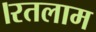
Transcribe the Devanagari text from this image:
।रतलाम